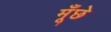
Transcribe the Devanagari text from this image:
मूँछे